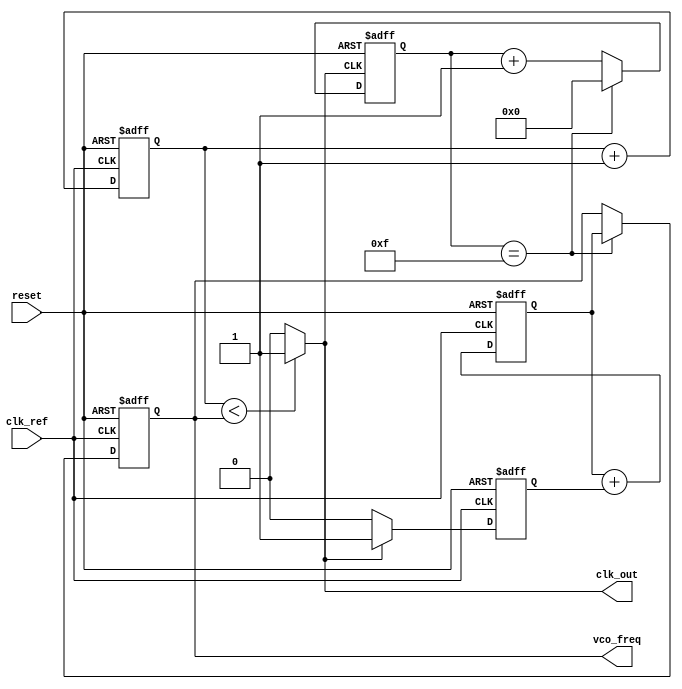
module adpll (
    input wire clk_ref,            // Reference clock input
    input wire reset,              // Asynchronous reset
    output wire clk_out,           // Output clock from VCO
    output reg [7:0] vco_freq      // VCO frequency output (for example purposes)
);

// Phase Detector (PD)
reg pd_out;                       // Phase detector output (error signal)
always @(posedge clk_ref or posedge reset) begin
    if (reset) begin
        pd_out <= 0;
    end else begin
        // Simple phase detection logic (Assuming clk_out is available)
        if (clk_out) begin
            pd_out <= 1; // Phase error detected
        end else begin
            pd_out <= 0; // No phase error
        end
    end
end

// Digital Loop Filter (DLF)
reg [7:0] loop_filter;           // Loop filter output
always @(posedge clk_ref or posedge reset) begin
    if (reset) begin
        loop_filter <= 8'b0;
    end else begin
        // Simple first-order loop filter (integrator)
        loop_filter <= loop_filter + pd_out; // Accumulate error signal
    end
end

// Frequency Divider
reg [3:0] divider;               // Frequency divider counter
wire feedback_clk;               // Feedback clock from VCO
assign feedback_clk = clk_out;   // For simplicity, feedback directly from VCO

always @(posedge feedback_clk or posedge reset) begin
    if (reset) begin
        divider <= 4'b0;
    end else begin
        if (divider == 4'b1111) // Divide by 16
            divider <= 4'b0;
        else
            divider <= divider + 1;
    end
end

// Voltage-Controlled Oscillator (VCO)
reg [7:0] vco_counter;           // VCO frequency counter
assign clk_out = (vco_counter < vco_freq) ? 1'b1 : 1'b0; // Generate clock signal

always @(posedge clk_ref or posedge reset) begin
    if (reset) begin
        vco_counter <= 8'b0;
        vco_freq <= 8'b100; // Default frequency
    end else begin
        if (divider == 4'b1111) begin
            // Adjust frequency based on loop filter output
            vco_freq <= loop_filter; // Update VCO frequency
        end
        vco_counter <= vco_counter + 1; // Increment VCO counter
    end
end

endmodule